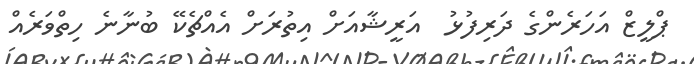
ޕްލީޒް އަހަރެންގެ ދަރިފުޅު  އަރީޝާއަށް އިތުރަށް އެއްޗެކޭ ބުނާނެ ހިތްވަރެއް